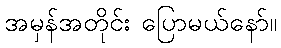
အမှန်အတိုင်း ပြောမယ်နော်။